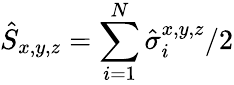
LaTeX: \hat{S}_{x,y,z}=\sum_{i=1}^{N}\hat{\sigma}_{i}^{x,y,z}/2